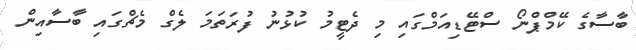
ބާސާގެ ކޭމްޕްނޯ ސްޓޭޑިއަމްގައި މި ދެޓީމު ކުޅުނު ފުރަތަމަ ލެގް މެޗްގައި ބާސާއިން